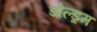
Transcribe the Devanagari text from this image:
डोल्ड्रम